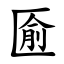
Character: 匬